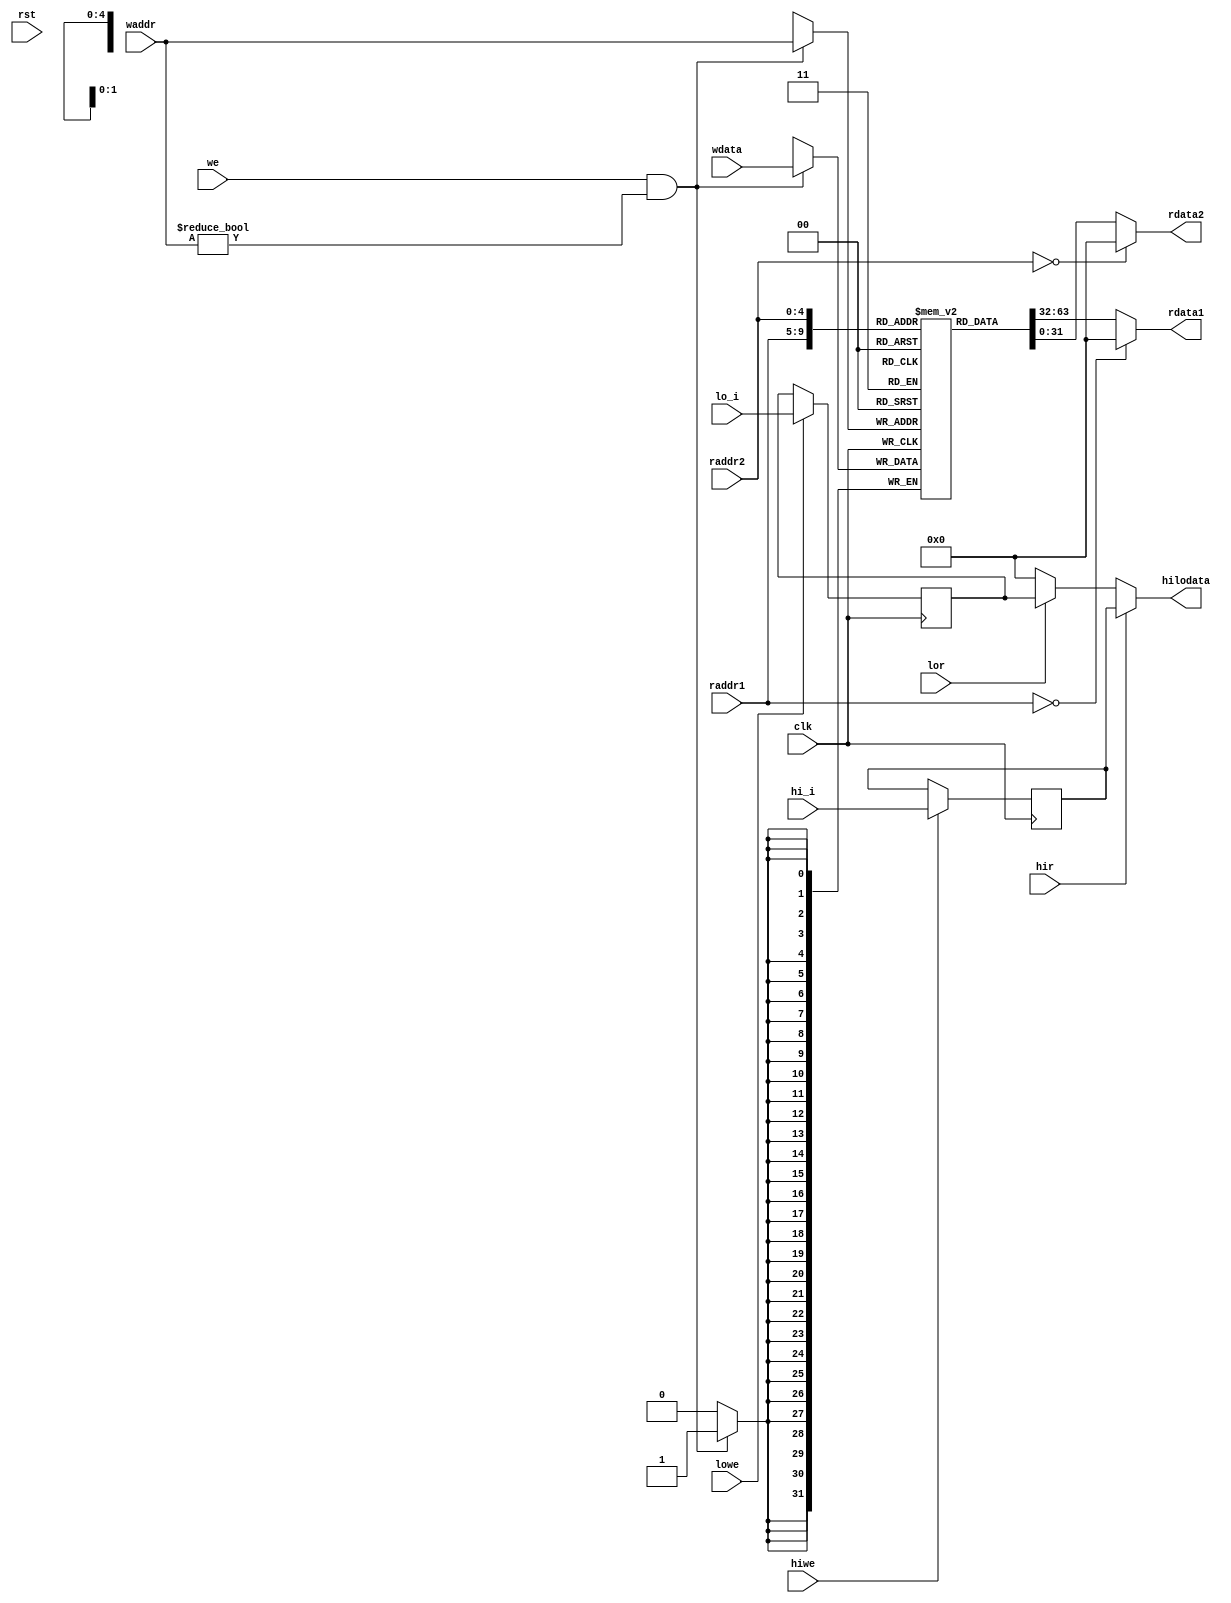
module regfile(
    input wire clk,
    input wire rst,
    input wire [4:0] raddr1, 
    output wire [31:0] rdata1,
    input wire [4:0] raddr2,
    output wire [31:0] rdata2,
    
    input wire we, 
    input wire [4:0] waddr, 
    input wire [31:0] wdata, 
    input wire hiwe,
    input wire lowe,
    input wire hir,
    input wire lor,
    input wire [31:0] hi_i,
    input wire [31:0] lo_i,
    output wire [31:0] hilodata
);
    reg [31:0] reg_array [31:0]; 
    reg [31:0] HI;
    reg [31:0] LO;
 
    always @ (posedge clk) begin
        if (we && waddr!=5'b0) begin
            reg_array[waddr] <= wdata;
        end
    end
//    always @ (posedge clk) begin
//		if (rst ) begin
//					HI <= `ZeroWord;
//					LO <= `ZeroWord;
//		end
//	end
	always @ (posedge clk) begin
		if((hiwe == 1'b1)) begin
					HI <= hi_i;
		end
	end
	always @ (posedge clk) begin
		 if((lowe == 1'b1)) begin
					LO <= lo_i;
		end
	end
    assign hilodata = (hir)?HI:(lor)?LO:32'b0;
    
    // 1
    assign rdata1 = (raddr1 == 5'b0) ? 32'b0 : reg_array[raddr1];

    // 2
    assign rdata2 = (raddr2 == 5'b0) ? 32'b0 : reg_array[raddr2];
endmodule